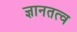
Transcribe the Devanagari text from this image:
ज्ञानतत्व